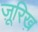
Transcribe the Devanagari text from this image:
ज़ूरिख़